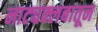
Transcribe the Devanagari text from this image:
नाट्यक्लबातून